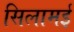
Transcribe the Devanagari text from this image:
सिलामई